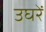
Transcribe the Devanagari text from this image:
उघरें